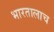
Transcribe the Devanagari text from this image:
भारतालाच